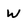
Character: W